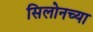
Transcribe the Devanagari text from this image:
सिलोनच्या